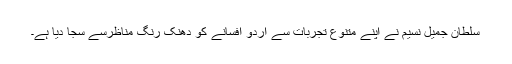
سلطان جمیل نسیم نے اپنے متنوع تجربات سے اردو افسانے کو دھنک رنگ مناظرسے سجا دیا ہے۔